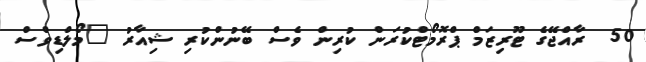
50  ރާއްޖޭގެ ޓޫރިޒަމް ޕްރޮމޯޓްކުރަން ކުރިން ވެސް ބޭނުންކުރި ޝިއާރު "މޯލްޑިވްސް